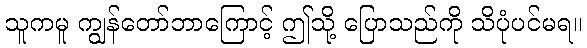
သူကမူ ကျွန်တော်ဘာကြောင့် ဤသို့ ပြောသည်ကို သိပုံပင်မရ။